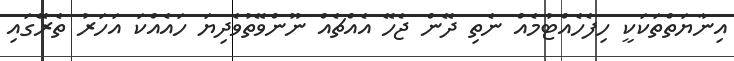
އިނާޔަތްތަކަކީ ހިފެހެއްޓުމެއް ނެތި ދޭން ޖެހޭ އެއްޗެއް ނޫންވޭތުވެދިޔަ ހައެއްކަ އަހަރު ތެރޭގައި